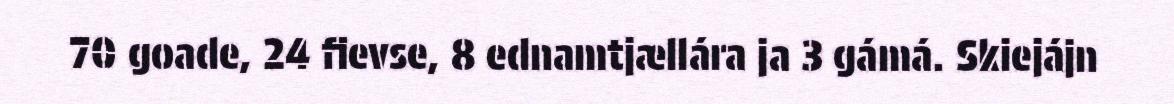
70 goade, 24 fievse, 8 ednamtjællára ja 3 gámá. Skiejájn